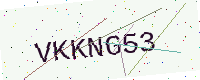
Text: VKKNG53